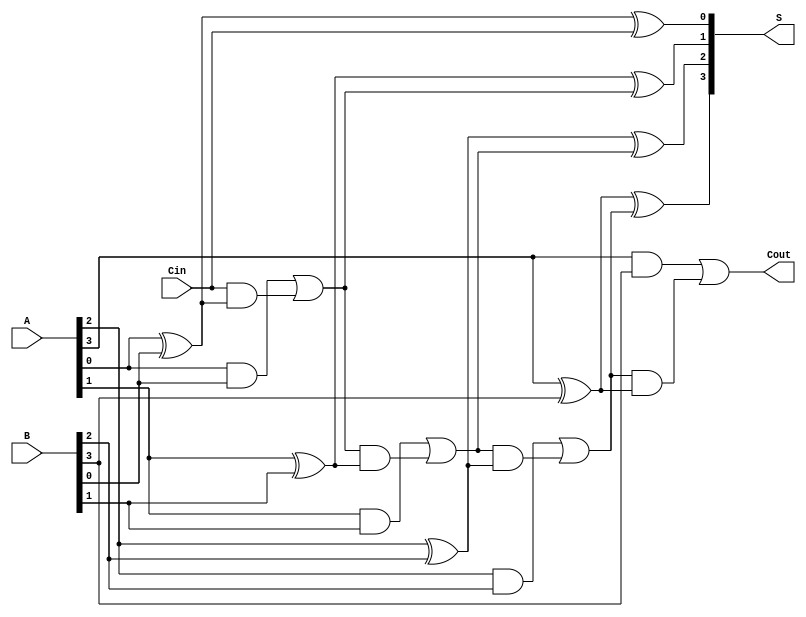
module ParallelFullAdder #(parameter N = 4) (
    input  wire [N-1:0] A,    // n-bit binary number A
    input  wire [N-1:0] B,    // n-bit binary number B
    input  wire Cin,          // Carry-in for the least significant bit
    output wire [N-1:0] S,    // n-bit sum output
    output wire Cout          // Carry-out from the most significant bit
);

// Internal wire for carry propagation
wire [N:0] carry;

// Assign the initial carry input to the first element of carry
assign carry[0] = Cin;

// Generate each full adder
genvar i;
generate
    for (i = 0; i < N; i = i + 1) begin : full_adder
        assign S[i] = A[i] ^ B[i] ^ carry[i];  // Sum output
        assign carry[i + 1] = (A[i] & B[i]) | (carry[i] & (A[i] ^ B[i])); // Carry output
    end
endgenerate

// Assign the final carry-out
assign Cout = carry[N];

endmodule